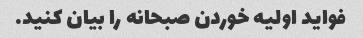
فواید اولیه خوردن صبحانه را بیان کنید.